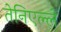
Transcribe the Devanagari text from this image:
तेनिएल्ले